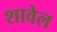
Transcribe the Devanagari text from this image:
शावेल